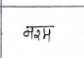
मजकूर: नरम